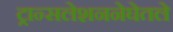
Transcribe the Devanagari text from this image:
ट्रान्सलेशननेघेतले